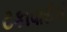
ટકાવારીએ